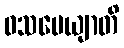
ဝသမေယျာတိ